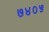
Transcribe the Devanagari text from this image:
७४०५